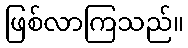
ဖြစ်လာကြသည်။